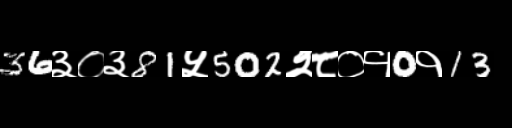
Text: 36३०३81५502२८०१0१13